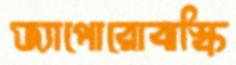
জ্যাপোরোঝস্কি